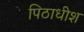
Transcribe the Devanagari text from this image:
पिठाधीश